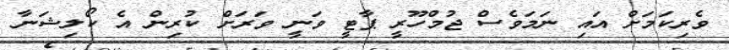
ވެރިކަމަށް އައި ނަމަވެސް ޖުމްހޫރީ ޕާޓީ ވަނީ ވަރަށް ކުރިން އެ ކޯލިޝަނާ